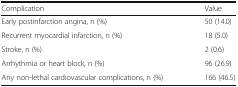
<table><thead><tr><td><b>Complication</b></td><td><b>Value</b></td></tr></thead><tbody><tr><td>Early postinfarction angina, n (%)</td><td>50 (14.0)</td></tr><tr><td>Recurrent myocardial infarction, n (%)</td><td>18 (5.0)</td></tr><tr><td>Stroke, n (%)</td><td>2 (0.6)</td></tr><tr><td>Arrhythmia or heart block, n (%)</td><td>96 (26.9)</td></tr><tr><td>Any non-lethal cardiovascular complications, n (%)</td><td>166 (46.5)</td></tr></tbody></table>